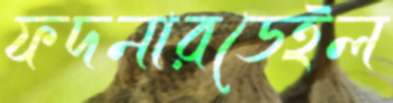
ফদনারডেইল